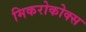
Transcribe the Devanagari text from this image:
मिकरोकोक्स